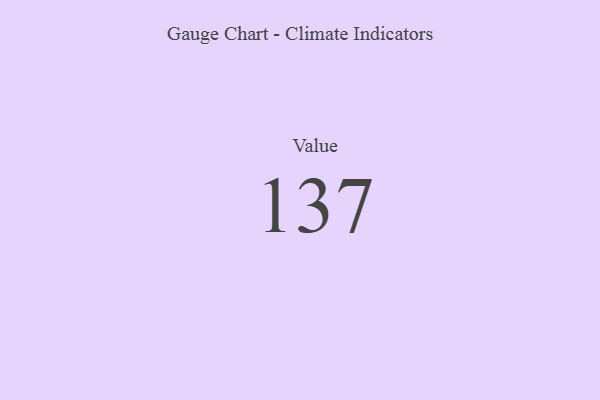
{"axis": {"x": "Metric", "y": "Value"}, "legend": [""], "data": [{"x": "Value", "y": 137, "type": ""}]}